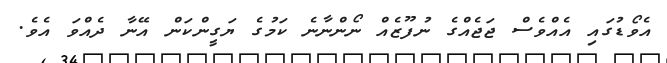
އެވޯޑުގައި އެއްވެސް ޖަޖެއްގެ ނުފޫޒެއް ނޯންނާނެ ކަމުގެ ޔަގީންކަން އޭނާ ދެއްވަ އެވެ.